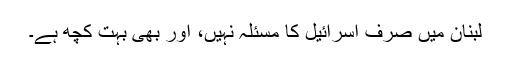
لبنان میں صرف اسرائیل کا مسئلہ نہیں، اور بھی بہت کچھ ہے۔